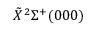
\tilde { X } ^ { 2 } \Sigma ^ { + } ( 0 0 0 )